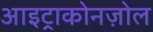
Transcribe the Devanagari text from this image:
आइट्राकोनज़ोल